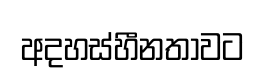
අදහස්හීනතාවට